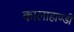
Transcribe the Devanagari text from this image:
कालाहाण्डी